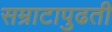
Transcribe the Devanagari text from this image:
सम्राटापुढती